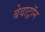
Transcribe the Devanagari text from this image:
बेवाट्रॉन